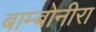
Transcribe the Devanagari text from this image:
बाम्बोनीरा